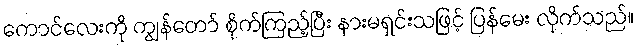
ကောင်လေးကို ကျွန်တော် စိုက်ကြည့်ပြီး နားမရှင်းသဖြင့် ပြန်မေး လိုက်သည်။